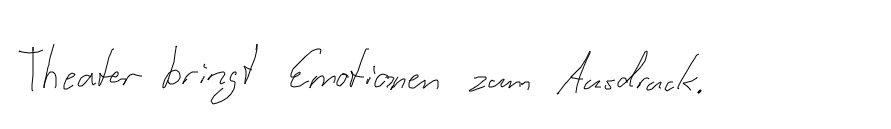
Theater bringt Emotionen zum Ausdruck.